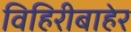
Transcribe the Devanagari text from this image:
विहिरीबाहेर